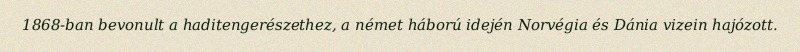
1868-ban bevonult a haditengerészethez, a német háború idején Norvégia és Dánia vizein hajózott.